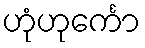
ဟုံဟုင်္ကော